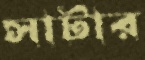
সাটার